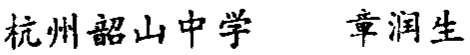
杭州韶山中学 章润生